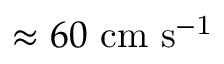
\approx 6 0 \ \mathrm { c m \ s ^ { - 1 } }